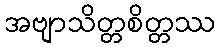
အဗျာသိတ္တစိတ္တဿ